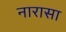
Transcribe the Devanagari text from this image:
नारासा